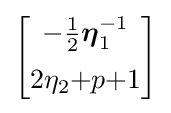
{\begin{bmatrix}-{\frac {1}{2}}{\boldsymbol {\eta }}_{1}^{-1}\\[5pt]2\eta _{2}{+}p{+}1\end{bmatrix}}